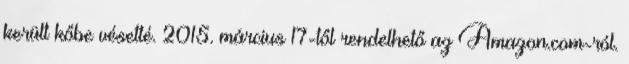
került kőbe vésetté. 2015. március 17-től rendelhető az Amazon.com-ról.